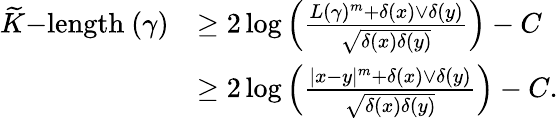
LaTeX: \begin{array}{rl}{\widetilde{K}\mathrm{-length~}(\gamma)}&{\geq 2\log\left(\frac{L(\gamma)^{m}+\delta(x)\vee\delta(y)}{\sqrt{\delta(x)\delta(y)}}\right)-C}\\ &{\geq 2\log\left(\frac{|x-y|^{m}+\delta(x)\vee\delta(y)}{\sqrt{\delta(x)\delta(y)}}\right)-C.}\end{array}